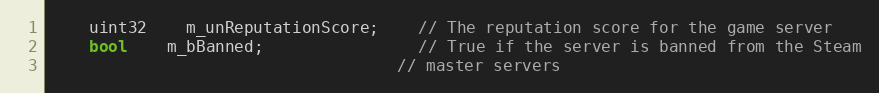
Language: C
	uint32	m_unReputationScore;	// The reputation score for the game server
	bool	m_bBanned;				// True if the server is banned from the Steam
									// master servers